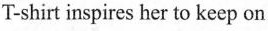
T-shirt inspires her to keep on